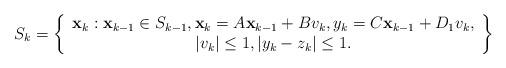
LaTeX: \begin{align*}S_{k}=\left\{\begin{array}[c]{c}\mathbf{x}_{k}:\mathbf{x}_{k-1}\in S_{k-1},\mathbf{x}_{k}=A\mathbf{x}_{k-1}+Bv_{k},y_{k}=C\mathbf{x}_{k-1}+D_{1}v_{k},\\\left\vert v_{k}\right\vert \leq1,\left\vert y_{k}-z_{k}\right\vert\leq1.\end{array}\right\} \end{align*}